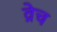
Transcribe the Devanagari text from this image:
व्रेच